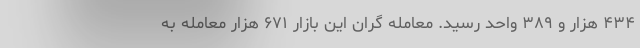
۴۳۴ هزار و ۳۸۹ واحد رسید. معامله گران این بازار ۶۷۱ هزار معامله به